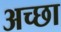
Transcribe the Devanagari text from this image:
अच्छा